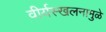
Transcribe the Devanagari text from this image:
वीर्यस्खलनामुळे